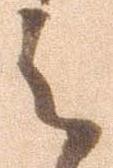
之